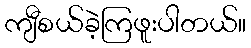
ကျီစယ်ခဲ့ကြဖူးပါတယ်။